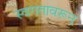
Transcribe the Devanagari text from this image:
स्वगतावरून